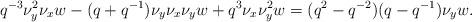
LaTeX: \begin{align*}q^{-3}\nu_y^2\nu_x w- (q+q^{-1})\nu_y\nu_x\nu_y w+ q^3\nu_x\nu_y^2 w= (q^2 - q^{-2})(q-q^{-1})\nu_y w.\end{align*}